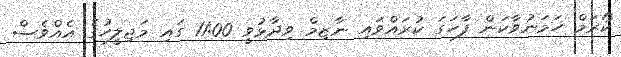
ކޯރަމް ހަމަނުވާކަން ފާހަގަ ކުރައްވައި ނާޒިމް ވިދާޅުވީ 11:00 ގައި މަޖިލީހުގެ އެއްވެސް